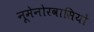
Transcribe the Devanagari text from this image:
नूमेनोरवासियों